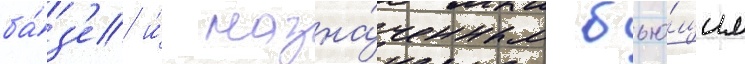
ба́з'е и́ назна́ченным бью́щим